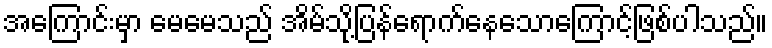
အကြောင်းမှာ မေမေသည် အိမ်သို့ပြန်ရောက်နေသောကြောင့်ဖြစ်ပါသည်။